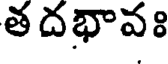
త దభావః